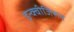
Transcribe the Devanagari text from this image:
इन्क्वीजिशन